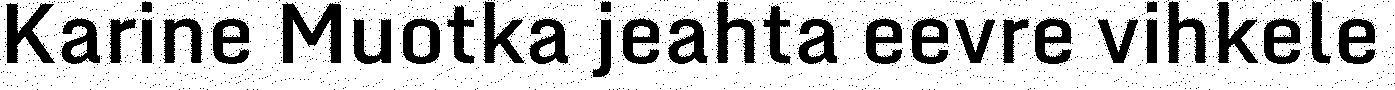
Karine Muotka jeahta eevre vihkele